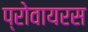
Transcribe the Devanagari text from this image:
प्रोवायरस